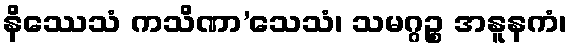
နိဿေသံ ကသိဏာ’သေသံ၊ သမဂ္ဂဉ္စ အနူနကံ၊